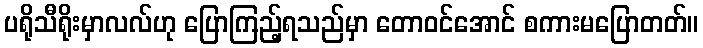
ပရိုသီရိုးမှာလလ်ဟု ပြောကြည့်ရသည်မှာ တောဝင်အောင် စကားမပြောတတ်။